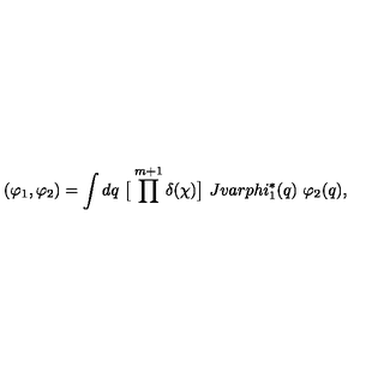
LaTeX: ( \varphi _ { 1 } , \varphi _ { 2 } ) = \int d q \ \big [ \prod ^ { m + 1 } \delta ( \chi ) \big ] \ J v a r p h i _ { 1 } ^ { * } ( q ) \ \varphi _ { 2 } ( q ) ,